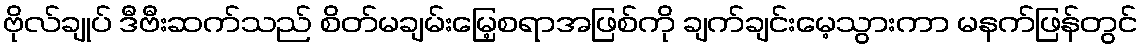
ဗိုလ်ချုပ် ဒီဗီးဆက်သည် စိတ်မချမ်းမြေ့စရာအဖြစ်ကို ချက်ချင်းမေ့သွားကာ မနက်ဖြန်တွင်